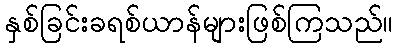
နှစ်ခြင်းခရစ်ယာန်များဖြစ်ကြသည်။